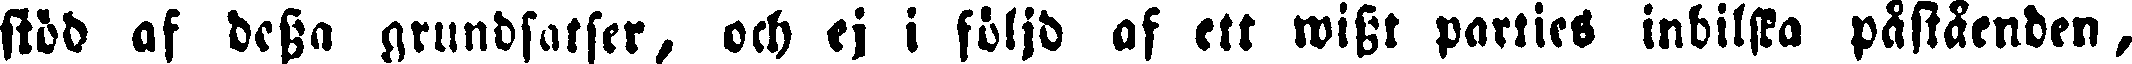
stöd af dessa grundsatser, och ej i följd af ett wisst parties inbilska påståenden,